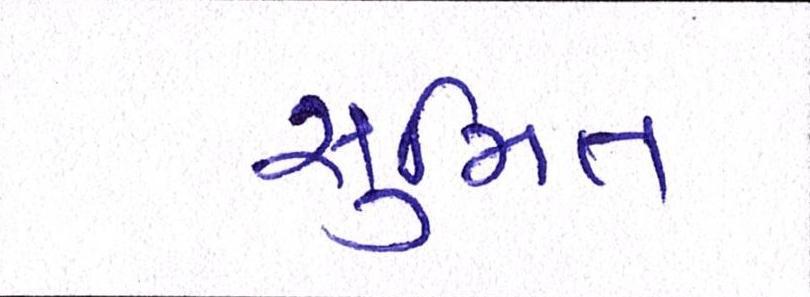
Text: સુમિત